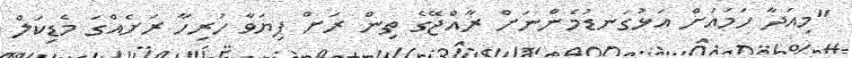
"މިއަދާ ހަމައަށް އަޅުގަނޑުމެންނަށް ރާއްޖޭގެ ތިން ރަށް ފިޔަވާ ހުރިހާ ރަށެއްގަ މެޑިކަލް